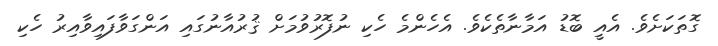
ގޮތަކަށެވެ. އެއީ ބޮޑު އަމާނާތެކެވެ. އެހެންމެ ހެކި ނުފޮރުވުމަށް ޤުރުއާނުގައި އަންގަވާފައިވާއިރު ހެކި